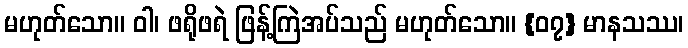
မဟုတ်သော။ ဝါ၊ ဖရိုဖရဲ ဖြန့်ကြဲအပ်သည် မဟုတ်သော။ {၀၇} မာနသဿ၊